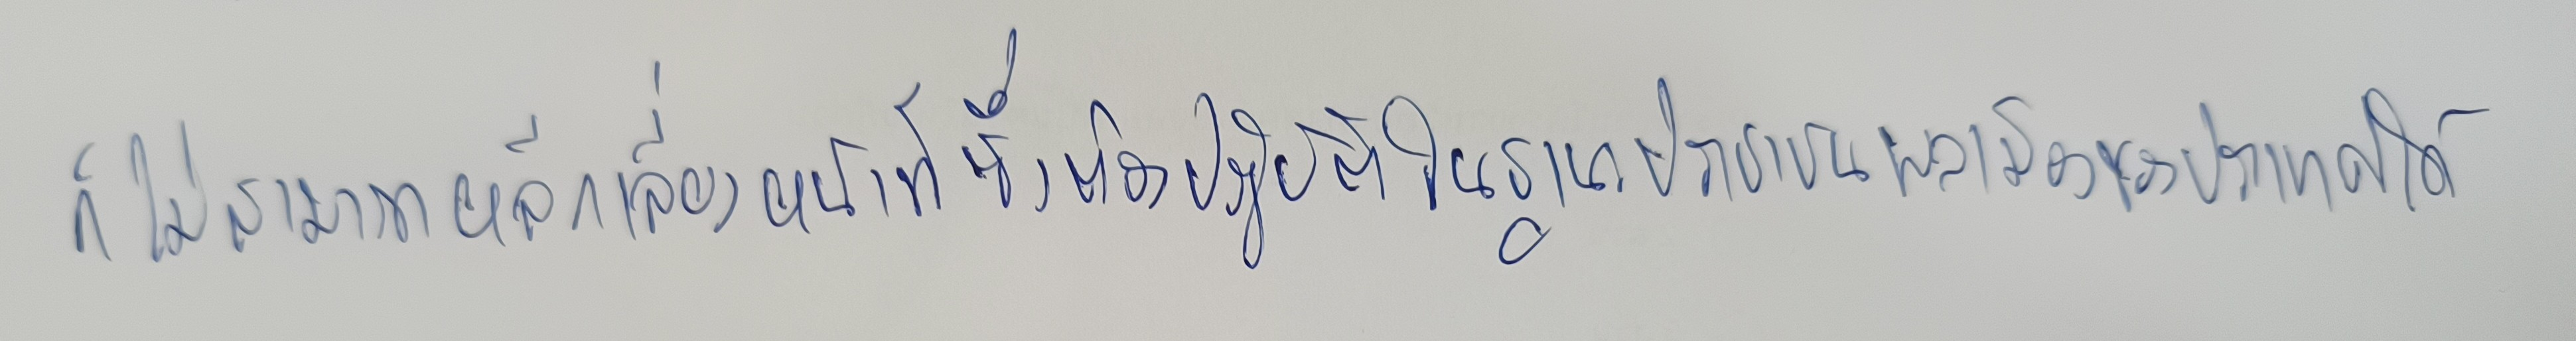
ก็ไม่สามารถหลีกเลี่ยงหน้าที่ซึ่งต้องปฏิบัติในฐานะประชาชนพลเมืองของประเทศได้